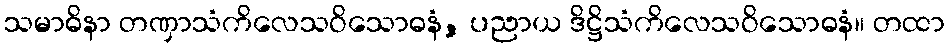
သမာဓိနာ တဏှာသံကိလေသဝိသောဓနံ, ပညာယ ဒိဋ္ဌိသံကိလေသဝိသောဓနံ။ တထာ